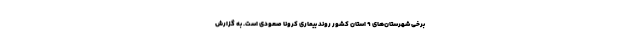
برخی شهرستان‌های ۹ استان کشور روند بیماری کرونا صعودی است. به گزارش